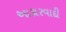
આકારવાદી